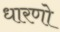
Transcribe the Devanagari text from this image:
धारणो